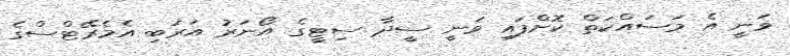
ވަނީ އެ މަސައްކަތް ކޮށްފައި ވަނީ ސީދާ ސިޓީގެ އޯނަރު އަރަބި އެމެރޭޓްސްގެ